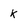
Character: K